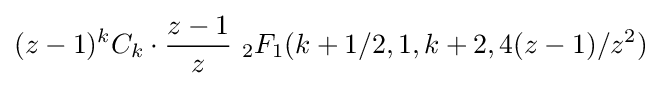
(z-1)^{k}C_{k}\cdot {\frac {z-1}{z}}\ _{2}F_{1}(k+1/2,1,k+2,4(z-1)/z^{2})